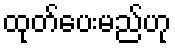
ထုတ်ပေးမည်ဟု